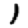
Digit: 1